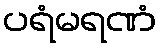
ပရံမရဏံ